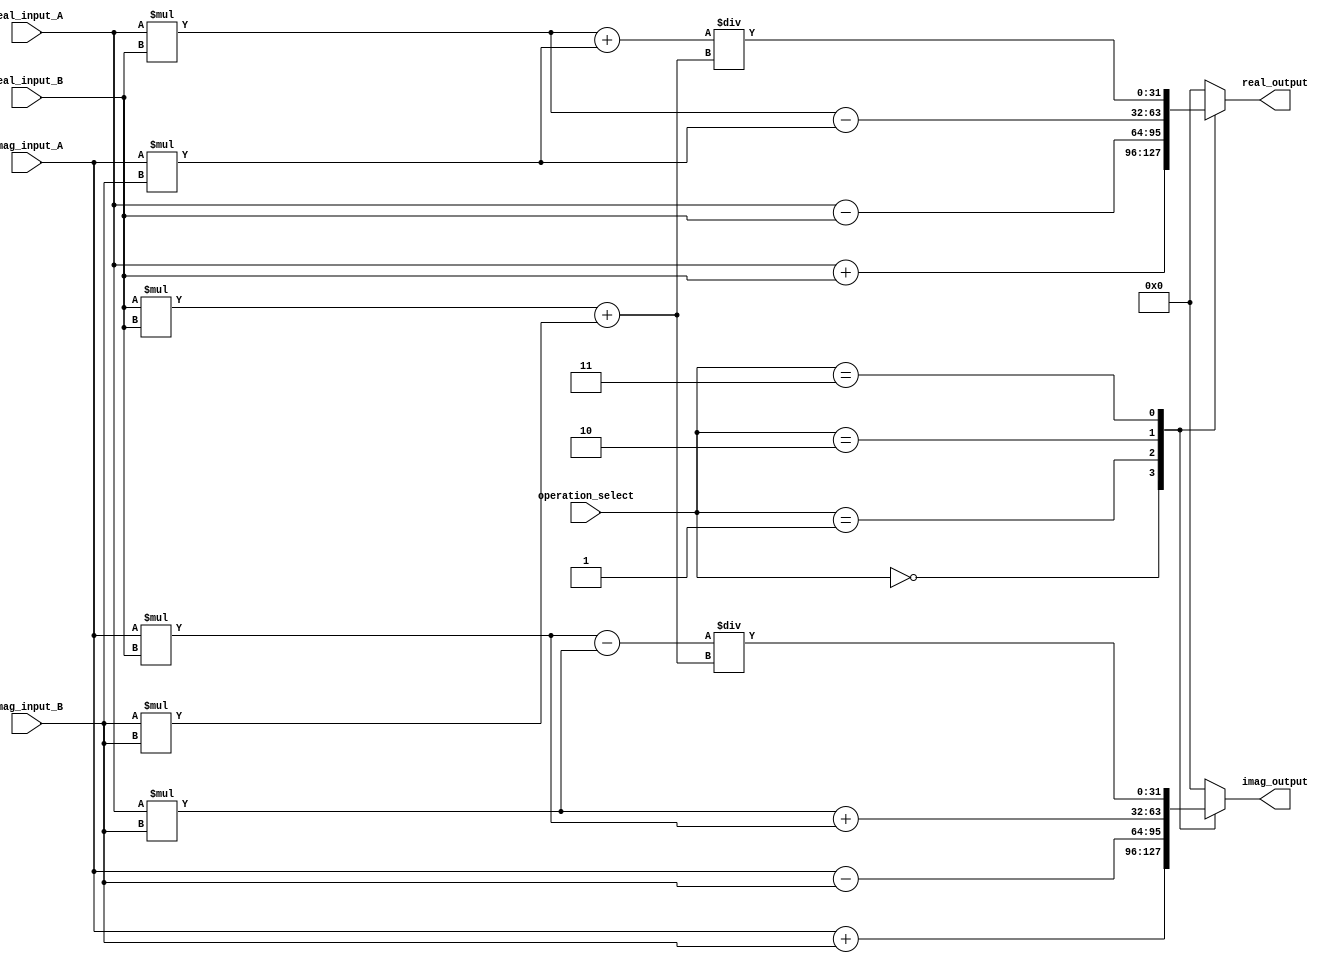
module Complex_ALU (
    input [31:0] real_input_A,
    input [31:0] imag_input_A,
    input [31:0] real_input_B,
    input [31:0] imag_input_B,
    input [2:0] operation_select,
    output [31:0] real_output,
    output [31:0] imag_output
);

reg [31:0] real_output;
reg [31:0] imag_output;

always @(*) begin
    case(operation_select)
        3'b000: begin // Addition
            real_output = real_input_A + real_input_B;
            imag_output = imag_input_A + imag_input_B;
        end
        3'b001: begin // Subtraction
            real_output = real_input_A - real_input_B;
            imag_output = imag_input_A - imag_input_B;
        end
        3'b010: begin // Multiplication
            real_output = (real_input_A * real_input_B) - (imag_input_A * imag_input_B);
            imag_output = (real_input_A * imag_input_B) + (imag_input_A * real_input_B);
        end
        3'b011: begin // Division
            real_output = ((real_input_A * real_input_B) + (imag_input_A * imag_input_B)) / ((real_input_B * real_input_B) + (imag_input_B * imag_input_B));
            imag_output = ((imag_input_A * real_input_B) - (real_input_A * imag_input_B)) / ((real_input_B * real_input_B) + (imag_input_B * imag_input_B));
        end
        default: begin
            real_output = 0;
            imag_output = 0;
        end
    endcase
end

endmodule